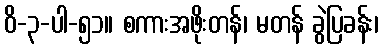
ဝိ-၃-ပါ-၅၁။ စကားအဖိုးတန်၊ မတန် ခွဲပြခန်း၊